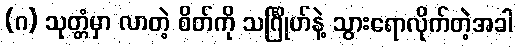
(ဂ) သုတ္တံမှာ လာတဲ့ စိတ်ကို သင်္ဂြိုဟ်နဲ့ သွားရောလိုက်တဲ့အခါ